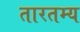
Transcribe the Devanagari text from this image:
तारतम्‍य